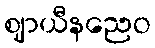
ဈာယီနညေဝ